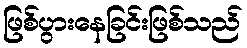
ဖြစ်ပွားနေခြင်းဖြစ်သည်